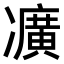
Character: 𠘛